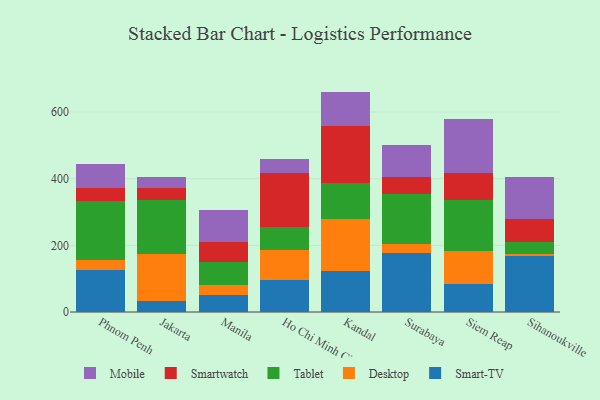
{"axis": {"x": "City", "y": "Tickets Resolved"}, "legend": ["Desktop", "Mobile", "Smart-TV", "Smartwatch", "Tablet"], "data": [{"x": "Phnom Penh", "y": 126.6, "type": "Smart-TV"}, {"x": "Phnom Penh", "y": 28.0, "type": "Desktop"}, {"x": "Phnom Penh", "y": 177.6, "type": "Tablet"}, {"x": "Phnom Penh", "y": 38.8, "type": "Smartwatch"}, {"x": "Phnom Penh", "y": 71.8, "type": "Mobile"}, {"x": "Jakarta", "y": 32.3, "type": "Smart-TV"}, {"x": "Jakarta", "y": 142.3, "type": "Desktop"}, {"x": "Jakarta", "y": 162.9, "type": "Tablet"}, {"x": "Jakarta", "y": 35.6, "type": "Smartwatch"}, {"x": "Jakarta", "y": 32.3, "type": "Mobile"}, {"x": "Manila", "y": 50.4, "type": "Smart-TV"}, {"x": "Manila", "y": 30.0, "type": "Desktop"}, {"x": "Manila", "y": 68.3, "type": "Tablet"}, {"x": "Manila", "y": 60.7, "type": "Smartwatch"}, {"x": "Manila", "y": 95.2, "type": "Mobile"}, {"x": "Ho Chi Minh City", "y": 96.9, "type": "Smart-TV"}, {"x": "Ho Chi Minh City", "y": 88.7, "type": "Desktop"}, {"x": "Ho Chi Minh City", "y": 70.1, "type": "Tablet"}, {"x": "Ho Chi Minh City", "y": 161.3, "type": "Smartwatch"}, {"x": "Ho Chi Minh City", "y": 43.0, "type": "Mobile"}, {"x": "Kandal", "y": 122.5, "type": "Smart-TV"}, {"x": "Kandal", "y": 157.6, "type": "Desktop"}, {"x": "Kandal", "y": 107.9, "type": "Tablet"}, {"x": "Kandal", "y": 170.5, "type": "Smartwatch"}, {"x": "Kandal", "y": 102.8, "type": "Mobile"}, {"x": "Surabaya", "y": 177.9, "type": "Smart-TV"}, {"x": "Surabaya", "y": 26.3, "type": "Desktop"}, {"x": "Surabaya", "y": 148.5, "type": "Tablet"}, {"x": "Surabaya", "y": 53.6, "type": "Smartwatch"}, {"x": "Surabaya", "y": 93.5, "type": "Mobile"}, {"x": "Siem Reap", "y": 85.5, "type": "Smart-TV"}, {"x": "Siem Reap", "y": 97.8, "type": "Desktop"}, {"x": "Siem Reap", "y": 151.5, "type": "Tablet"}, {"x": "Siem Reap", "y": 82.1, "type": "Smartwatch"}, {"x": "Siem Reap", "y": 163.7, "type": "Mobile"}, {"x": "Sihanoukville", "y": 167.5, "type": "Smart-TV"}, {"x": "Sihanoukville", "y": 7.1, "type": "Desktop"}, {"x": "Sihanoukville", "y": 36.1, "type": "Tablet"}, {"x": "Sihanoukville", "y": 69.5, "type": "Smartwatch"}, {"x": "Sihanoukville", "y": 125.4, "type": "Mobile"}]}